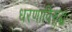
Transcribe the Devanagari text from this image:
धरणाविरुद्ध